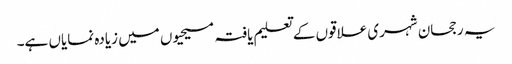
یہ رجحان شہری علاقوں کے تعلیم یافتہ مسیحیوں میں زیادہ نمایاں ہے۔